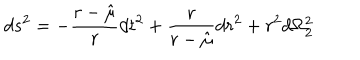
LaTeX: d s ^ { 2 } = - { \frac { r - \hat { \mu } } { r } } d t ^ { 2 } + { \frac { r } { r - \hat { \mu } } } d r ^ { 2 } + r ^ { 2 } d \Omega _ { 2 } ^ { 2 }